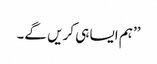
’’ہم ایسا ہی کریں گے۔